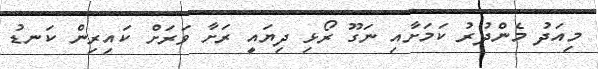
މިއަދު މެންދުރު ކަމަށާއި ނަގޫ ރޯޅި ދިޔައީ ރަށާ ވަރަށް ކައިރިން ކަނޑު